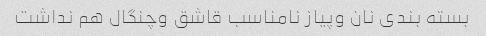
بسته بندی نان وپیاز نامناسب قاشق وچنگال هم نداشت